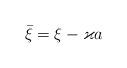
LaTeX: \begin{align*}\bar{\xi}=\xi-\varkappa a\end{align*}